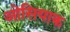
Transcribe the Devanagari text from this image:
ओसियाक